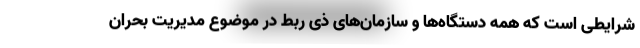
شرایطی است که همه دستگاه‌ها و سازمان‌های ذی ربط در موضوع مدیریت بحران